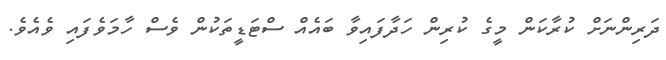
ދަރިންނަށް ކުރާކަން މީގެ ކުރިން ހަދާފައިވާ ބައެއް ސްޓަޑީތަކުން ވެސް ހާމަވެފައި ވެއެވެ.